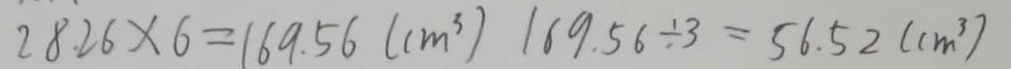
2 8 . 2 6 \times 6 = 1 6 9 . 5 6 ( c m ^ { 3 } ) 1 6 9 . 5 6 \div 3 = 5 6 . 5 2 ( c m ^ { 3 } )